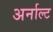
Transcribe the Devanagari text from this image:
अर्नाल्ट